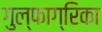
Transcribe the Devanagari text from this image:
गुल्फाग्रिका